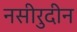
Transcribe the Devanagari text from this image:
नसीरुदीन